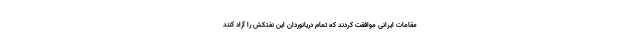
مقامات ایرانی موافقت کردند که تمام دریانوردان این نفتکش را آزاد کنند